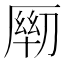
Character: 𰆦